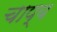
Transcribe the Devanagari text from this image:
चाप्य